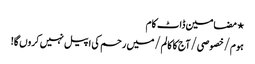
⋆ مضامین ڈاٹ کام
ہوم/خصوصی/آج کا کالم/میں رحم کی اپیل نہیں کروں گا!